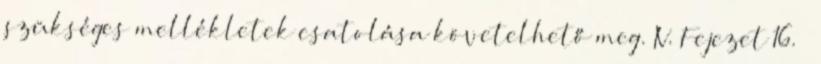
szükséges mellékletek csatolása követelhető meg. IV. Fejezet 16. §